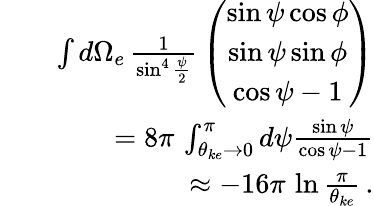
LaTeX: \begin{array}{rlr}&{}&{\int d\Omega_{e}\, \frac{1}{\sin^{4}\frac{\psi}{2}}\, \left(\begin{array}{c}{\sin\psi\cos\phi}\\ {\sin\psi\sin\phi}\\ {\cos\psi-1}\end{array}\right)}\\ &{}&{=8\pi\, \int_{\theta_{ke}\rightarrow 0}^{\pi}d\psi\frac{\sin\psi}{\cos\psi-1}}\\ &{}&{\approx-16\pi\, \ln\frac{\pi}{\theta_{ke}}\, .}\end{array}